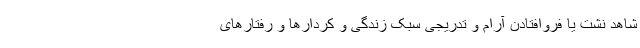
شاهد نشت یا فروافتادن آرام و تدریجی سبک زندگی و کردارها و رفتارهای